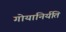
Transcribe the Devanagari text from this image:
गोयानिर्यति